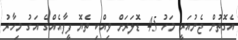
އެގޮތުން ޖެނުއަރީ މަހު 45 ޑޮލަރަށް ވިއްކި ތެޔޮ ފީފާއެއްގެ އަގު މިހާރު